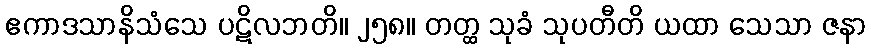
ဧကာဒသာနိသံသေ ပဋိလဘတိ။ ၂၅၈။ တတ္ထ သုခံ သုပတီတိ ယထာ သေသာ ဇနာ